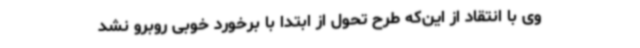
وی با انتقاد از این‌که طرح تحول از ابتدا با برخورد خوبی روبرو نشد